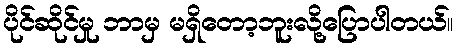
ပိုင်ဆိုင်မှု ဘာမှ မရှိတော့ဘူးလို့ပြောပါတယ်။